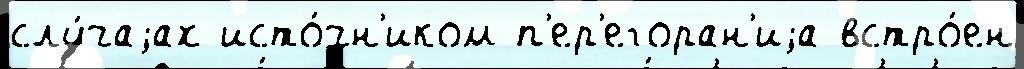
слу́чаjах исто́чн'иком п'ер'егоран'иjа встро́ен